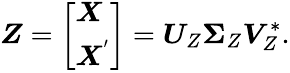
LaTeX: \boldsymbol{Z}=\left[\begin{array}{l}{\boldsymbol{X}}\\ {\boldsymbol{X}^{'}}\end{array}\right]=\boldsymbol{U}_{Z}\boldsymbol{\Sigma}_{Z}\boldsymbol{V}_{Z}^{*}.